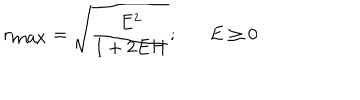
r _ { \mathrm { m a x } } = \sqrt { \frac { E ^ { 2 } } { 1 + 2 E H } } ; E \geq 0